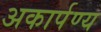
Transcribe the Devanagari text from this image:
अकार्पण्य